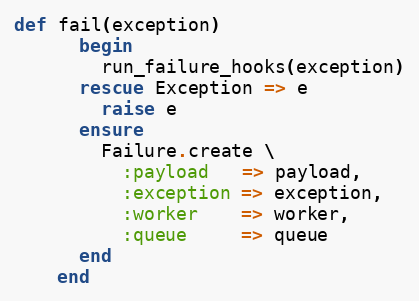
Language: Ruby
def fail(exception)
      begin
        run_failure_hooks(exception)
      rescue Exception => e
        raise e
      ensure
        Failure.create \
          :payload   => payload,
          :exception => exception,
          :worker    => worker,
          :queue     => queue
      end
    end